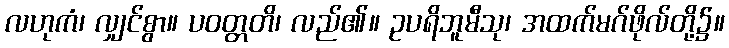
လဟုကံ၊ လျှင်စွာ။ ပဝတ္တတိ၊ လည်၏။ ဥပရိဘူမီသု၊ အထက်မဂ်ဖိုလ်တို့၌။